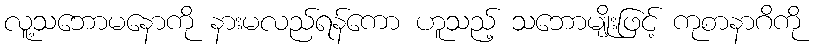
လူ့သဘောမနောကို နားမလည်ရန်ကော ဟူသည့် သဘောမျိုးဖြင့် ကုစာနာဂိကို